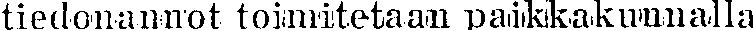
tiedonannot toimitetaan paikkakunnalla